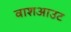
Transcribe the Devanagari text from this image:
वाशआउट